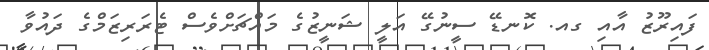
ފައިރޫޒު އާއި ގއ. ކޮނޑޭ ސީނުގޭ އަލީ ޝަނީޒުގެ މައްޗަށްވެސް ޓެރަރިޒަމްގެ ދައުވާ